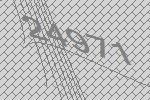
24971